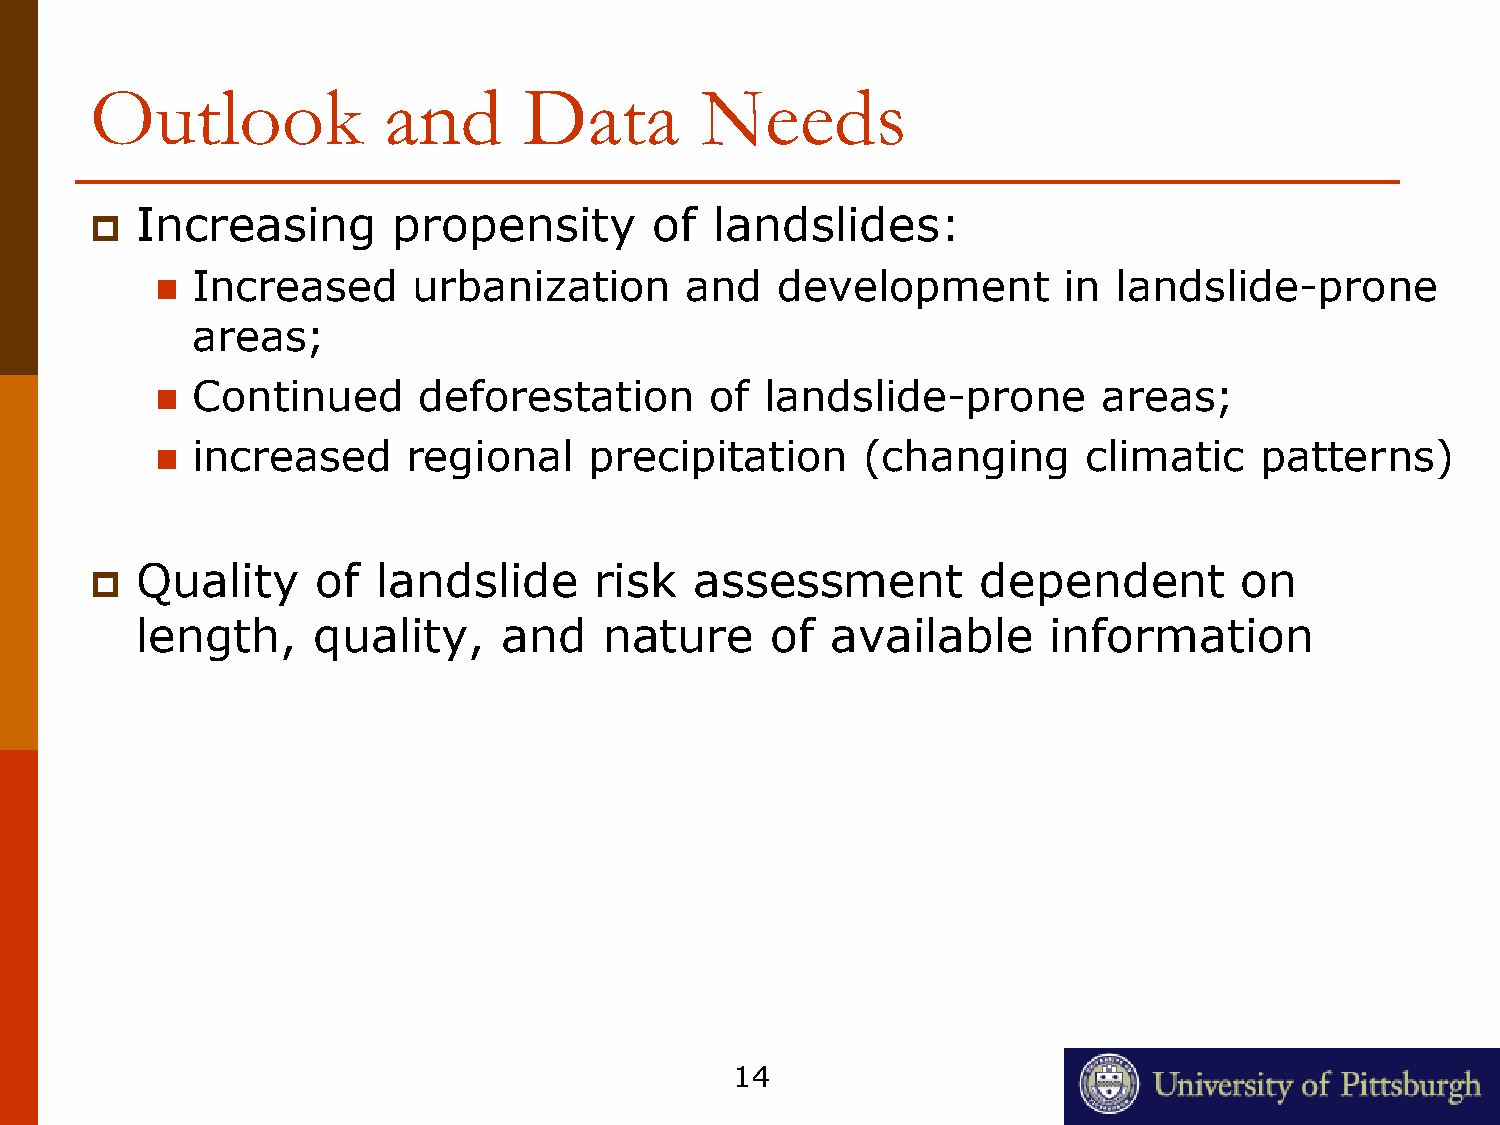
Outlook            and       Data       Needs
 Increasing       propensity       of  landslides:
 
 Increased     urbanization      and   development        in  landslide-prone
 
 areas;
 Continued      deforestation      of  landslide-prone       areas;
 
 increased     regional    precipitation     (changing      climatic   patterns)
 
 Quality     of  landslide     risk   assessment         dependent        on
 
 length,     quality,    and    nature     of  available     information
 14